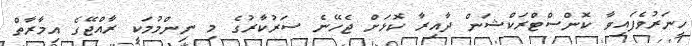
ހީނަރުވެފައިވާ ކޮންސްޓްރަކްޝަން ދާއިރާ ކޮޅަށް ޖެހޭނެ ސަރުކާރުގެ މި ނިންމުމަކީ ރާއްޖޭގެ އިމާރާތް